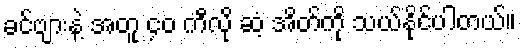
ခင်ဗျားနဲ့ အတူ ၄၀ ကီလို ဆံ့ အိတ်ကို သယ်နိုင်ပါတယ်။